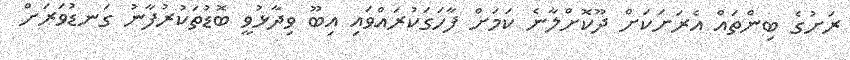
ރަށުގެ ބިންތައް އެރަށަކަށް ދޫކޮށްލާނެ ކަމަށް ފާހަގަކުރައްވައި އިބޫ ވިދާޅުވީ ބޮޑުތަކުރުފާނު ގަނޑުވަރަށް